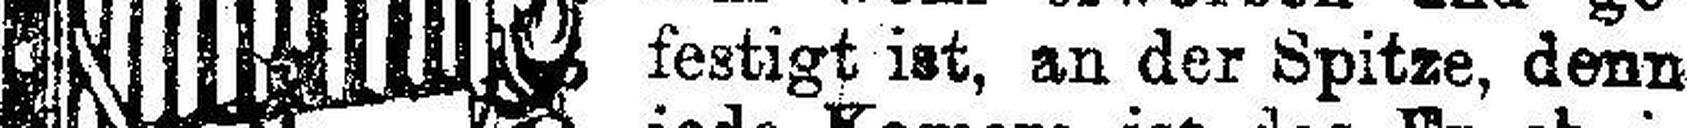
festigt ist, an der Spitze, denn